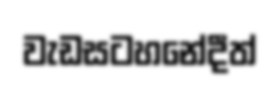
වැඩසටහනේදීත්